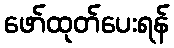
ဖော်ထုတ်ပေးရန်